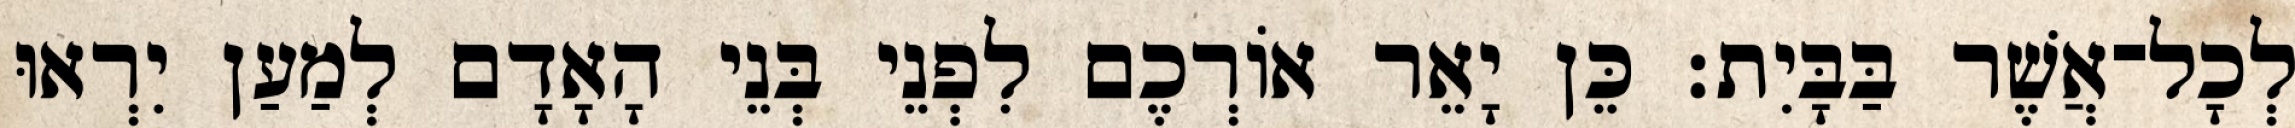
לְכָל־אֲשֶׁר בַּבָּיִת׃ כֵּן יָאֵר אוֹרְכֶם לִפְנֵי בְּנֵי הָאָדָם לְמַעַן יִרְאוּ